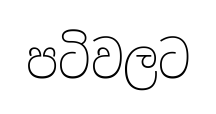
පටිවලට